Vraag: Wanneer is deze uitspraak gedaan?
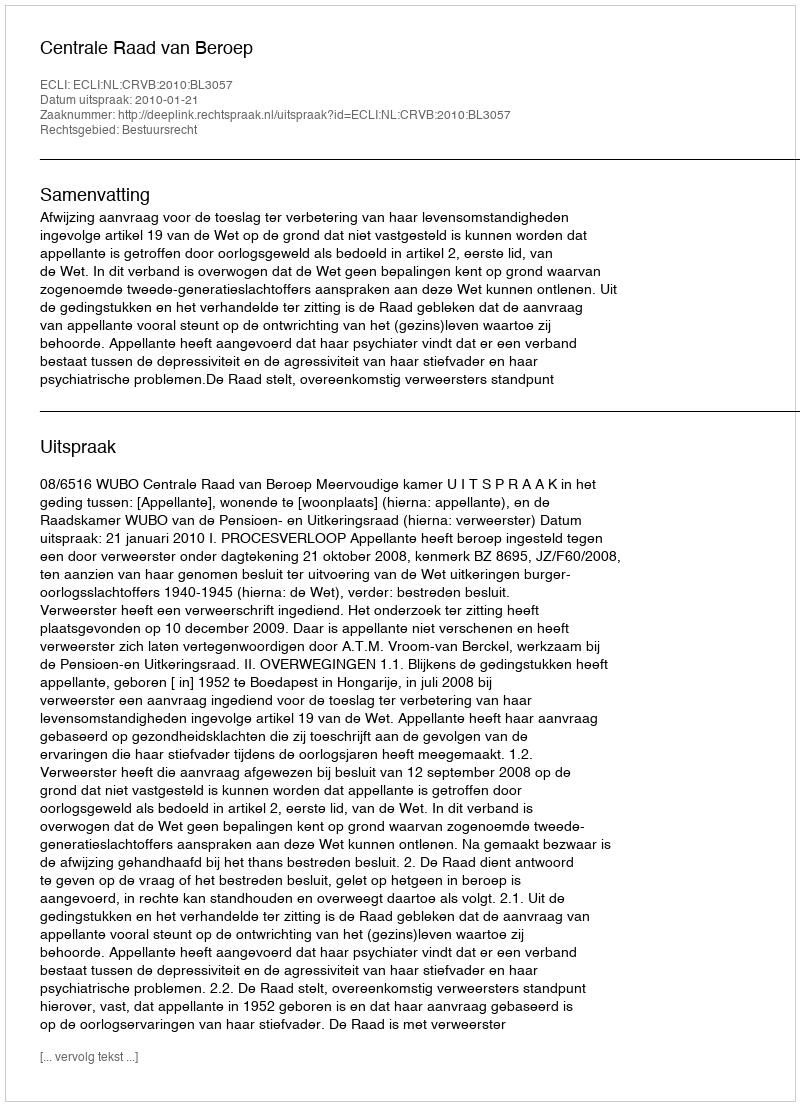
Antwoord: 2010-01-21